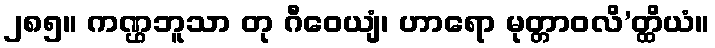
၂၈၅။ ကဏ္ဌဘူသာ တု ဂီဝေယျံ၊ ဟာရော မုတ္တာဝလိ’တ္ထိယံ။